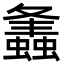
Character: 𧒒